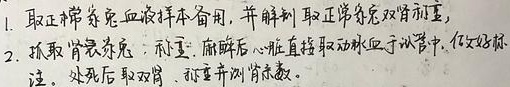
1. 取正常家兔血液样本备用，并解剖取正常家兔双肾称重。
2. 抓取肾衰家兔：称重，麻醉后心脏直接取动脉血于试管中，做好标注。处死后取双肾，称重并测肾系数。